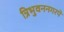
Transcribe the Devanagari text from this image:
त्रिभुवननगरपे